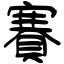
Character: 賽